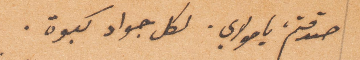
صدقتم يا مولاي، لكل جواد كبوة